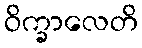
ဝိက္ခာလေတိ